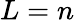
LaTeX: L=n